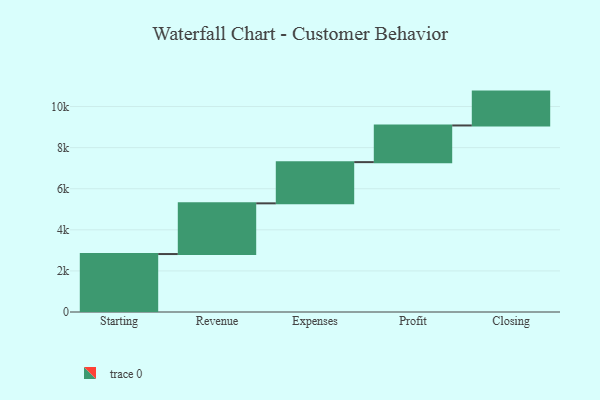
{"axis": {"x": "Step", "y": "Value"}, "legend": [""], "data": [{"x": "Starting", "y": 2821.0, "type": ""}, {"x": "Revenue", "y": 2468.0, "type": ""}, {"x": "Expenses", "y": 2006.0, "type": ""}, {"x": "Profit", "y": 1785.0, "type": ""}, {"x": "Closing", "y": 1648.0, "type": ""}]}